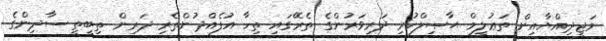
މަޖީދިއްޔާއިން ތަޢުލީމް ޙާޞިލްކުރި ދަރިވަރުންގެ ތެރޭގައި ތިހާ އުފެއްދުންތެރި ދަރިން ތިބީތީ ސާދިންގެ